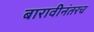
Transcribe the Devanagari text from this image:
बारावीनंतरच